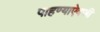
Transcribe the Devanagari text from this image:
पाहण्याऐवजी